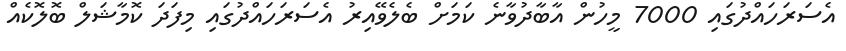
އެސަރަހައްދުގައި 7000 މީހުން އާބާދުވާނެ ކަމަށް ބެލެވޭއިރު އެސަރަހައްދުގައި މިފަދަ ކޮމާޝަލް ބޮލޮކެއް